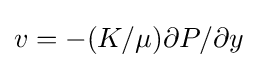
v=-(K/\mu )\partial P/\partial y